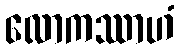
လောကဿာဟံ